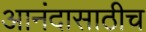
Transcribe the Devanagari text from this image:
आनंदासाठीच